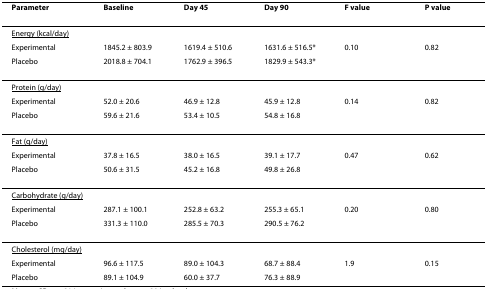
<table><thead><tr><td><b>Parameter</b></td><td><b>Baseline</b></td><td><b>Day 45</b></td><td><b>Day 90</b></td><td><b>F value</b></td><td><b>P value</b></td></tr></thead><tbody><tr><td><underline>Energy (kcal/day)</underline></td><td></td><td></td><td></td><td></td><td></td></tr><tr><td>Experimental</td><td>1845.2 ± 803.9</td><td>1619.4 ± 510.6</td><td>1631.6 ± 516.5*</td><td>0.10</td><td>0.82</td></tr><tr><td>Placebo</td><td>2018.8 ± 704.1</td><td>1762.9 ± 396.5</td><td>1829.9 ± 543.3*</td><td></td><td></td></tr><tr><td><underline>Protein (g/day)</underline></td><td></td><td></td><td></td><td></td><td></td></tr><tr><td>Experimental</td><td>52.0 ± 20.6</td><td>46.9 ± 12.8</td><td>45.9 ± 12.8</td><td>0.14</td><td>0.82</td></tr><tr><td>Placebo</td><td>59.6 ± 21.6</td><td>53.4 ± 10.5</td><td>54.8 ± 16.8</td><td></td><td></td></tr><tr><td><underline>Fat (g/day)</underline></td><td></td><td></td><td></td><td></td><td></td></tr><tr><td>Experimental</td><td>37.8 ± 16.5</td><td>38.0 ± 16.5</td><td>39.1 ± 17.7</td><td>0.47</td><td>0.62</td></tr><tr><td>Placebo</td><td>50.6 ± 31.5</td><td>45.2 ± 16.8</td><td>49.8 ± 26.8</td><td></td><td></td></tr><tr><td><underline>Carbohydrate (g/day)</underline></td><td></td><td></td><td></td><td></td><td></td></tr><tr><td>Experimental</td><td>287.1 ± 100.1</td><td>252.8 ± 63.2</td><td>255.3 ± 65.1</td><td>0.20</td><td>0.80</td></tr><tr><td>Placebo</td><td>331.3 ± 110.0</td><td>285.5 ± 70.3</td><td>290.5 ± 76.2</td><td></td><td></td></tr><tr><td><underline>Cholesterol (mg/day)</underline></td><td></td><td></td><td></td><td></td><td></td></tr><tr><td>Experimental</td><td>96.6 ± 117.5</td><td>89.0 ± 104.3</td><td>68.7 ± 88.4</td><td>1.9</td><td>0.15</td></tr><tr><td>Placebo</td><td>89.1 ± 104.9</td><td>60.0 ± 37.7</td><td>76.3 ± 88.9</td><td></td><td></td></tr></tbody></table>